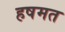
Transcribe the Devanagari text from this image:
हषमत